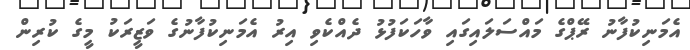
އެމަނިކުފާނު ރޭޕްގެ މައްސަލައިގައި ވާހަކަފުޅު ދެއްކެވި އިރު އެމަނިކުފާނުގެ ވަޒީރަކު މީގެ ކުރިން